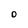
Character: O